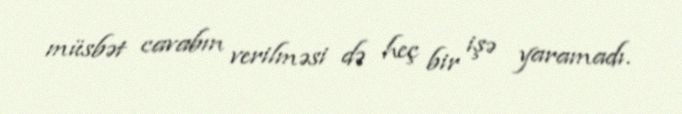
müsbət cavabın verilməsi də heç bir işə yaramadı.